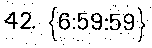
42. {6:59:59}